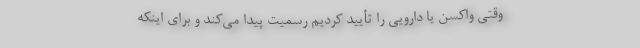
وقتی واکسن یا دارویی را تأیید کردیم رسمیت پیدا می‌کند و برای اینکه